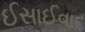
ઈસાઈવાદ